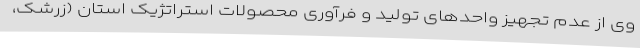
وی از عدم تجهیز واحدهای تولید و فرآوری محصولات استراتژیک استان (زرشک،